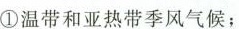
①温带和亚热带季风气候；